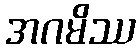
အဂမိဿ